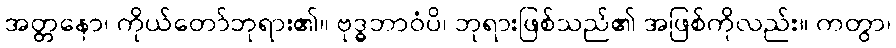
အတ္တနော၊ ကိုယ်တော်ဘုရား၏။ ဗုဒ္ဓဘာဝံပိ၊ ဘုရားဖြစ်သည်၏ အဖြစ်ကိုလည်း။ ကတွာ၊